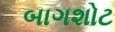
બાગશોટ